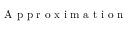
\mathrm { ~ A ~ p ~ p ~ r ~ o ~ x ~ i ~ m ~ a ~ t ~ i ~ o ~ n ~ }